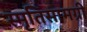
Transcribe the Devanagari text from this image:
स्मृतिसामग्री